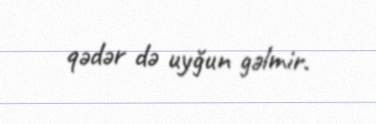
qədər də uyğun gəlmir.